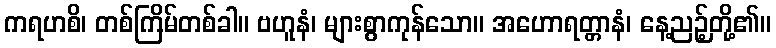
ကရဟစိ၊ တစ်ကြိမ်တစ်ခါ။ ဗဟူနံ၊ များစွာကုန်သော။ အဟောရတ္တာနံ၊ နေ့ညဉ့်တို့၏။